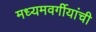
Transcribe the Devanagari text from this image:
मध्यमवर्गीयांची